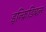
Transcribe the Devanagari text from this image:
इन्क्रिडिबल